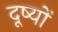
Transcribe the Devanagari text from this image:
दूष्यों